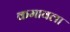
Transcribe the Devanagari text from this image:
कमावला